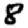
Digit: 8